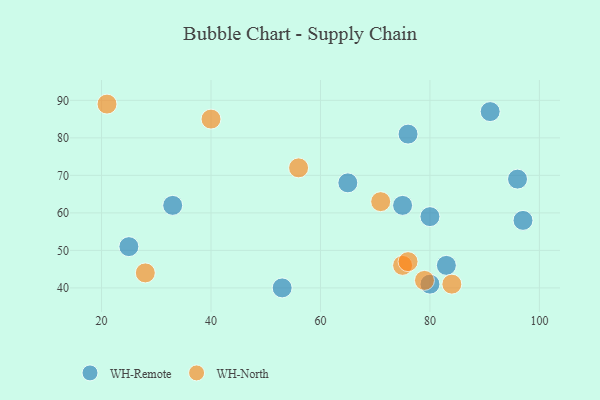
{"axis": {"x": "GDP", "y": "Life Expectancy"}, "legend": ["WH-North", "WH-Remote"], "data": [{"x": "76", "y": 81, "type": "WH-Remote"}, {"x": "65", "y": 68, "type": "WH-Remote"}, {"x": "80", "y": 41, "type": "WH-Remote"}, {"x": "53", "y": 40, "type": "WH-Remote"}, {"x": "80", "y": 59, "type": "WH-Remote"}, {"x": "96", "y": 69, "type": "WH-Remote"}, {"x": "25", "y": 51, "type": "WH-Remote"}, {"x": "97", "y": 58, "type": "WH-Remote"}, {"x": "33", "y": 62, "type": "WH-Remote"}, {"x": "91", "y": 87, "type": "WH-Remote"}, {"x": "75", "y": 62, "type": "WH-Remote"}, {"x": "83", "y": 46, "type": "WH-Remote"}, {"x": "71", "y": 63, "type": "WH-North"}, {"x": "40", "y": 85, "type": "WH-North"}, {"x": "75", "y": 46, "type": "WH-North"}, {"x": "76", "y": 47, "type": "WH-North"}, {"x": "28", "y": 44, "type": "WH-North"}, {"x": "84", "y": 41, "type": "WH-North"}, {"x": "56", "y": 72, "type": "WH-North"}, {"x": "21", "y": 89, "type": "WH-North"}, {"x": "79", "y": 42, "type": "WH-North"}]}